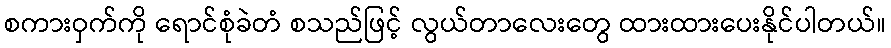
စကားဝှက်ကို ရောင်စုံခဲတံ စသည်ဖြင့် လွယ်တာလေးတွေ ထားထားပေးနိုင်ပါတယ်။